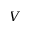
V